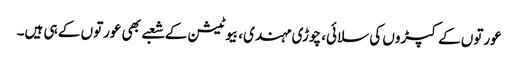
عورتوں کے کپڑوں کی سلائی، چوڑی مہندی، بیوٹیشن کے شعبے بھی عورتوں کے ہی ہیں۔